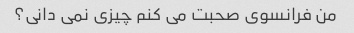
من فرانسوی صحبت می کنم چیزی نمی دانی؟